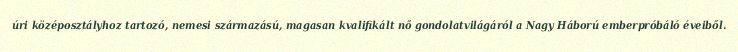
úri középosztályhoz tartozó, nemesi származású, magasan kvalifikált nő gondolatvilágáról a Nagy Háború emberpróbáló éveiből.